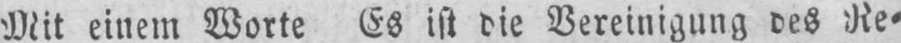
Mit einem Worte Es ist die Vereinigung des Re⸗